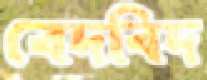
বেদবিদ